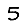
Digit: 5